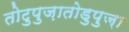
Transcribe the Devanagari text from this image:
तोटुपुज़ातोडुपुज़ा